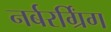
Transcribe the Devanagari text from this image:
नर्बरर्ग्रिंग